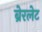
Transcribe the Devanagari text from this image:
ब्रेरलेट